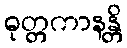
ဓုတ္တကာနန္တိ